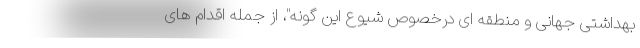
بهداشتی جهانی و منطقه ای درخصوص شیوع این گونه"، از جمله اقدام های